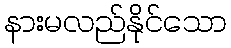
နားမလည်နိုင်သော